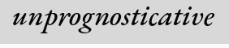
unprognosticative